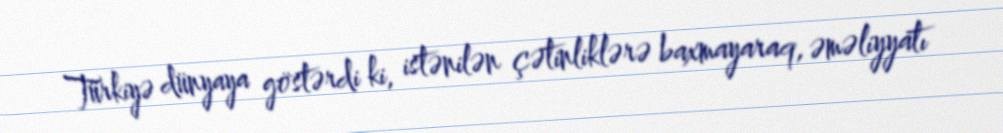
Türkiyə dünyaya göstərdi ki, istənilən çətinliklərə baxmayaraq, əməliyyatı